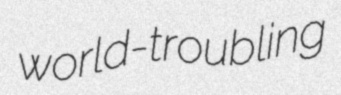
world-troubling